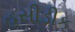
હસીડીક